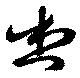
想